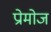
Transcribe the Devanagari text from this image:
प्रोमोज